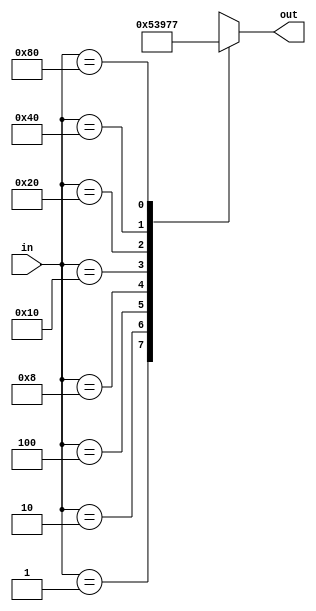
module encoder_8_to_3 (
    input [7:0] in,  // 8-bit input
    output reg [2:0] out  // 3-bit output
);

always @(*) begin
    case (in)
        8'b0000_0001: out = 3'b000;
        8'b0000_0010: out = 3'b001;
        8'b0000_0100: out = 3'b010;
        8'b0000_1000: out = 3'b011;
        8'b0001_0000: out = 3'b100;
        8'b0010_0000: out = 3'b101;
        8'b0100_0000: out = 3'b110;
        8'b1000_0000: out = 3'b111;
        default: out = 3'bxxx;  // Undefined output for invalid input
    endcase
end

endmodule